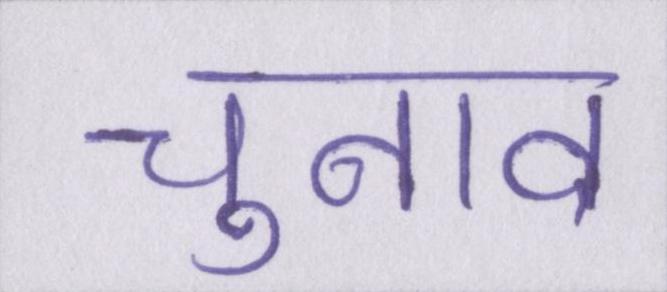
चुनाव